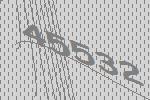
45532